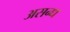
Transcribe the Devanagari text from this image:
असन्ध